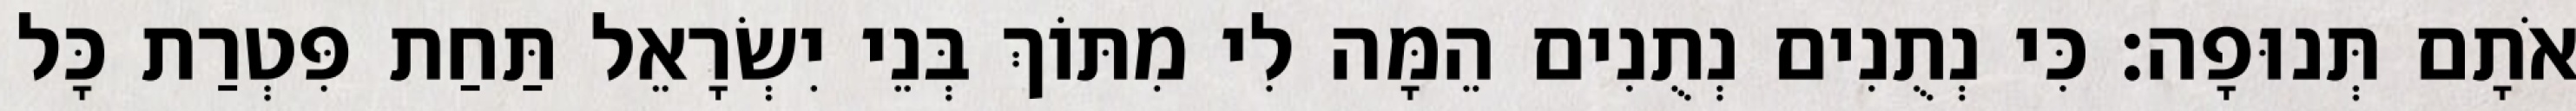
אֹתָם תְּנוּפָה׃ כִּי נְתֻנִים נְתֻנִים הֵמָּה לִי מִתּוֹךְ בְּנֵי יִשְׂרָאֵל תַּחַת פִּטְרַת כָּל